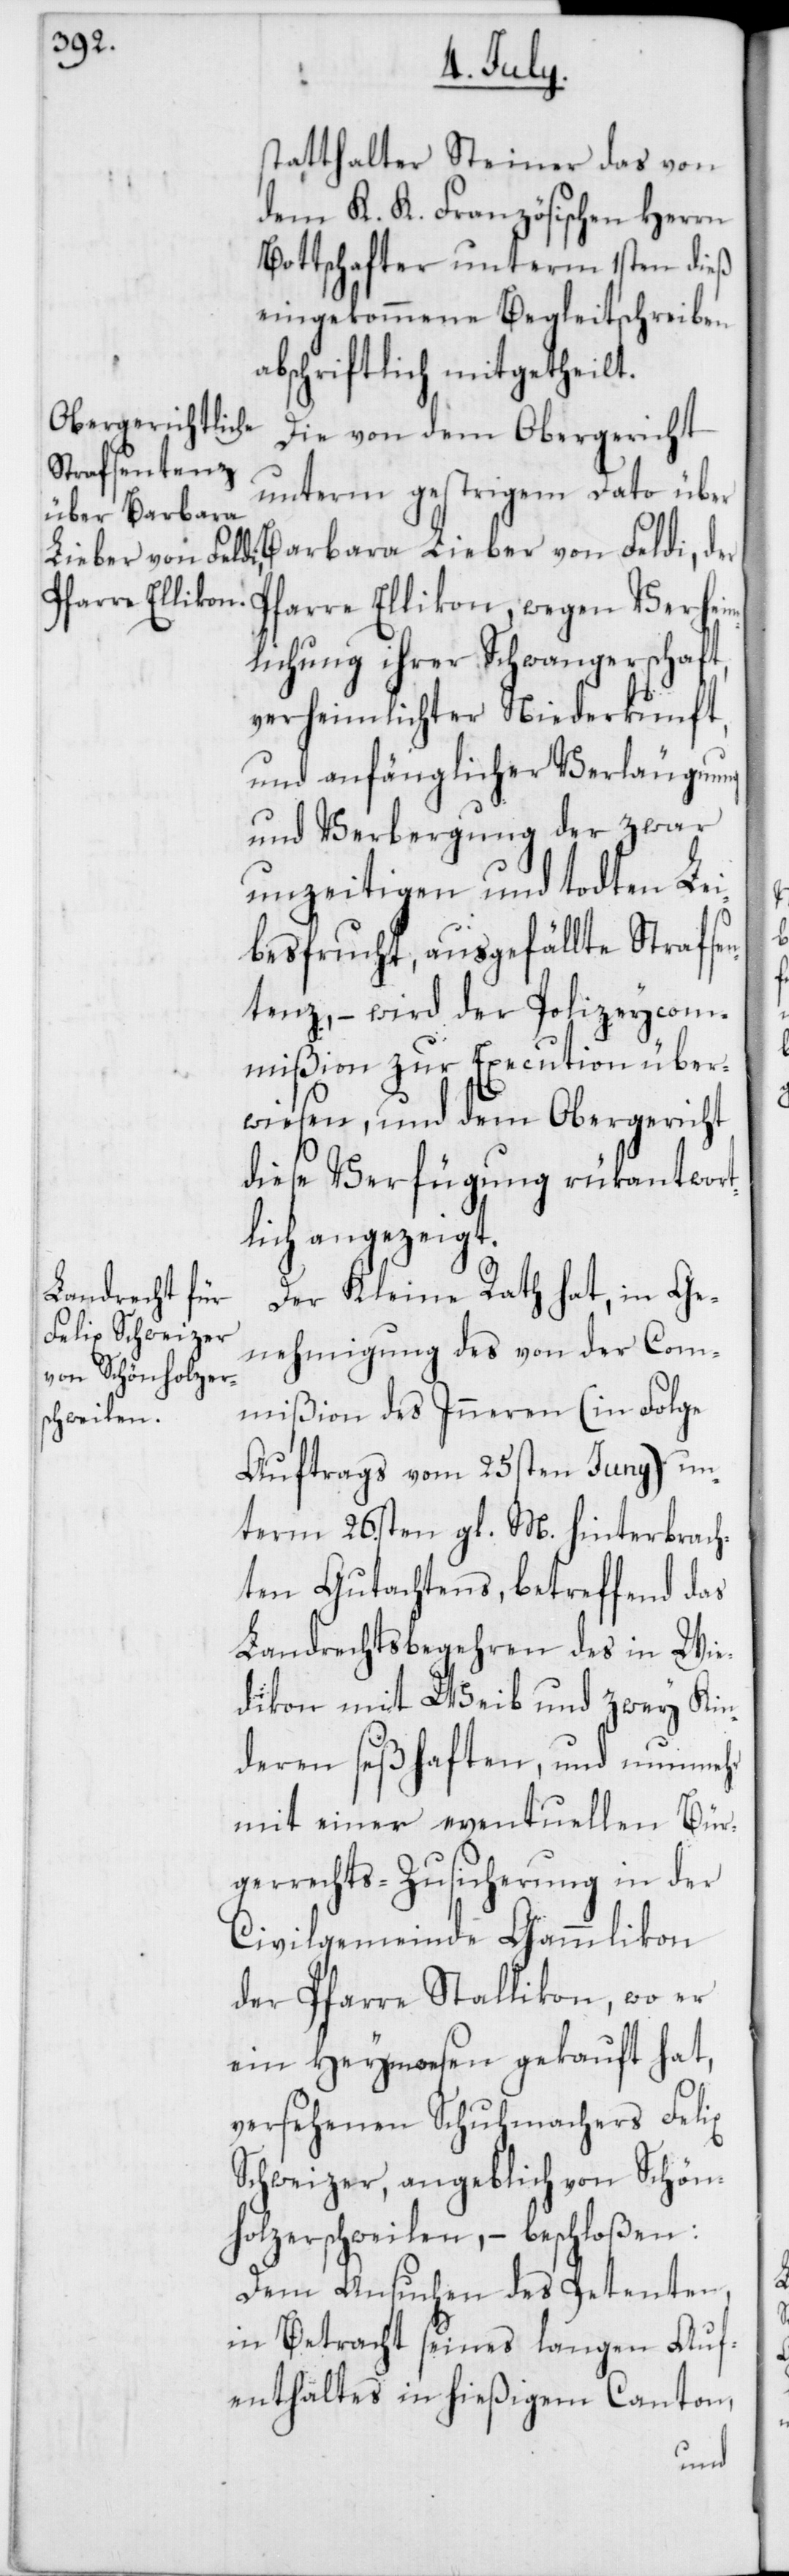
Verheim¬
statthalter Steiner das von
dem K. K. Französischen Herrn
Bottschafter unterm 1sten dieß
eingekommene Begleitschreiben
abschriftlich mitgetheilt.
Die von dem Obergericht
unterm gestrigem Dato über
Barbara Lieber von Feldi, der
lichung ihrer Schwangerschaft,
verheimlichter Niederkunft,
und anfänglicher Verläugnung
und Verbergung der zwar
unzeitigen und todten Lei¬
besfrucht, ausgefällte Strafsen¬
tenz, – wird der Polizeycom¬
mißion zur Execution über¬
wiesen, und dem Obergericht
diese Verfügung rükantwort¬
lich angezeigt.
Der Kleine Rath hat, in Ge¬
nehmigung des von der Com¬
mißion des Inneren (in Folge
Auftrags vom 25sten Juny) un¬
term 26sten gl. M. hinterbrach¬
ten Gutachtens, betreffend das
Landrechtsbegehren des in Wie¬
dikon mit Weib und zwey Kin¬
deren seßhaften, und nunmehr
mit einer eventuellen Bür¬
gerrechts-Zusicherung in der
Civilgemeinde Gämmlikon
der Pfarre Stallikon, wo er
ein Heymwesen gekauft hat,
versehenen Schuhmachers Felix
Schweizer, angeblich von Schön¬
holzerschweilen,– beschloßen:
Dem Ansuchen des Petenten
in Betracht seines langen Auf¬
enthaltes in hießigem Canton,